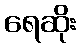
ရေဆိုး